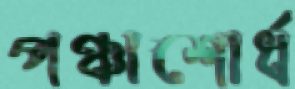
পঞ্চাশোর্ধ